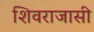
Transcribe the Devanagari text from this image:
शिवराजासी